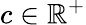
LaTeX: c\in\mathbb{R}^{+}